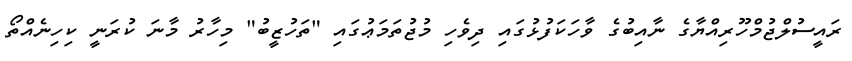
ރައީސުލްޖުމްހޫރިއްޔާގެ ނާއިބުގެ ވާހަކަފުޅުގައި ދިވެހި މުޖުތަމަޢުގައި "ތަހުޒީބު" މިހާރު މާނަ ކުރަނީ ކިހިނެއްތޯ